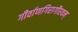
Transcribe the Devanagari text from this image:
गीर्वाणगिरागौरवम्